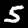
Digit: 5